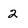
Character: 2